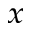
_ x